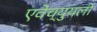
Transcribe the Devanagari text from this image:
एवेंच्युयली